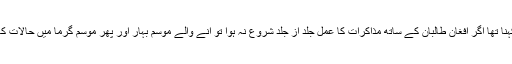
ادھر واشنگٹن میں صحافیوں کو بریفنگ دیتے ہوئے امریکی دفتر خارجہ کے ترجمان جان کربی کا کہنا تھا اگر افغان طالبان کے ساتھ مذاکرات کا عمل جلد از جلد شروع نہ ہوا تو انے والے موسم بہار اور پھر موسم گرما میں حالات کافی خراب ہو سکتے ہیں، جس کے لیے امریکہ اور افغان سکیورٹی فورسز کو خود کو تیار کرنا ہوگا۔